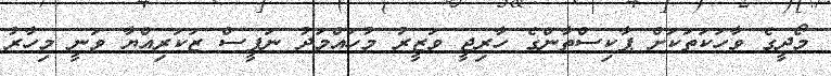
މޯދީގެ ވާހަކަތަކަށް ޕާކިސްތާންގެ ހާރިޖީ ވަޒީރު މުހައްމަދު ނަފީސް ޒަކަރިއްޔާ ވަނީ މިހާރު